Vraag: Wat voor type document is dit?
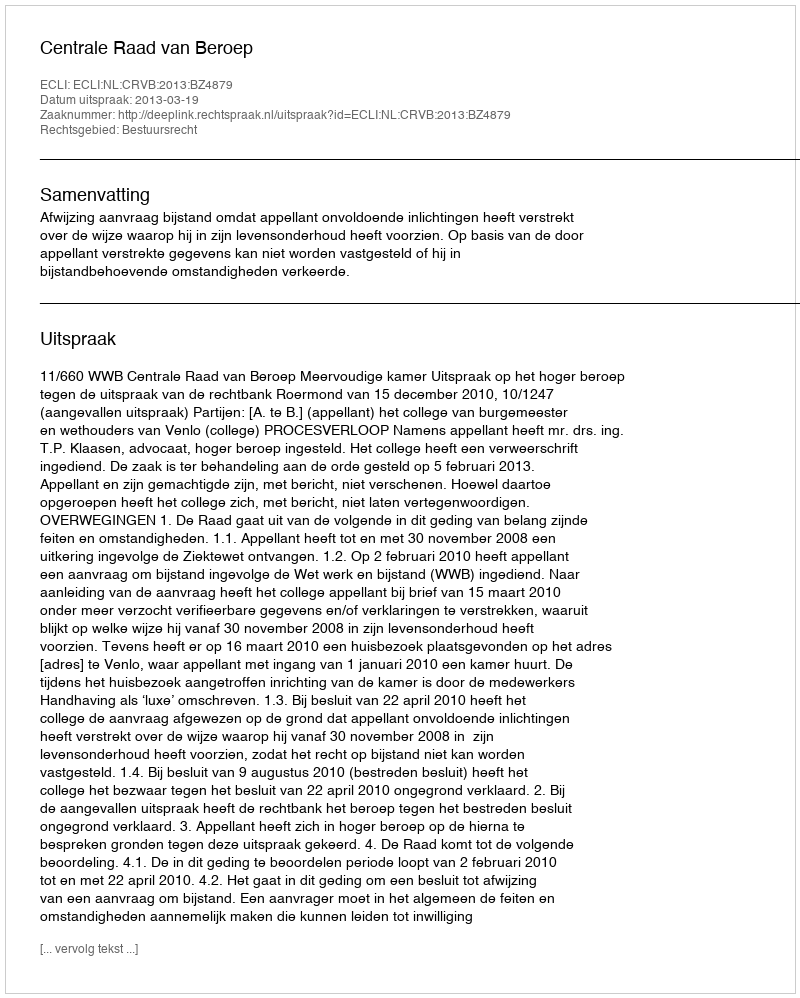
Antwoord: Uitspraak